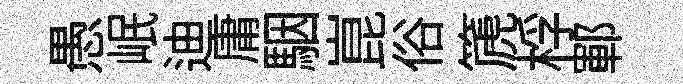
愚岷迪庸駰崑俗篪桴鄆